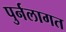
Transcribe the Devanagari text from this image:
पुर्नलागत